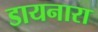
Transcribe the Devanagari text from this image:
डायनारा